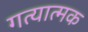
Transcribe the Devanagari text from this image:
गत्‍यात्‍मक